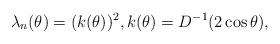
LaTeX: \begin{align*} \lambda_n(\theta) = (k(\theta))^2, k(\theta)=D^{-1}(2\cos \theta),\end{align*}